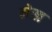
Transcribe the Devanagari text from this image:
मेख